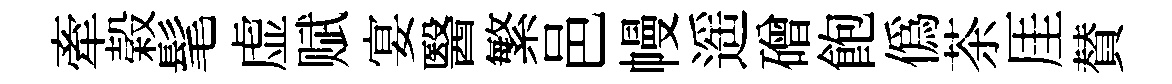
牽榖髦虚赋宴醫繁邑幔遥磳飽僞茶厓賛